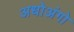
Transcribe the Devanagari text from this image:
अधोअंगो